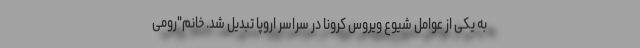
به یکی از عوامل شیوع ویروس کرونا در سراسر اروپا تبدیل شد. خانم"رومی